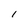
Character: 1